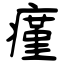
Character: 瘽